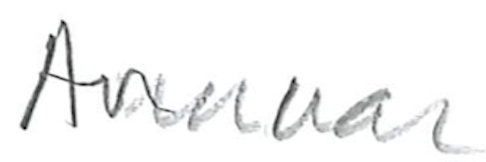
Text: Annuar
Cross-out: clean
Writing tool: pencil